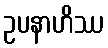
ဥပနာဟိဿ